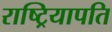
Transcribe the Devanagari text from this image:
राष्ट्रियापति